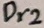
Text: Dr2